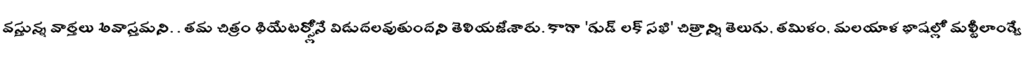
వస్తున్న వార్తలు అవాస్తమని. . తమ చిత్రం థియేటర్స్లోనే విడుదలవుతుందని తెలియజేశారు. కాగా 'గుడ్ లక్ సఖి' చిత్రాన్ని తెలుగు, తమిళం, మలయాళ భాషల్లో మల్టీలాంగ్వే